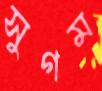
সুগম